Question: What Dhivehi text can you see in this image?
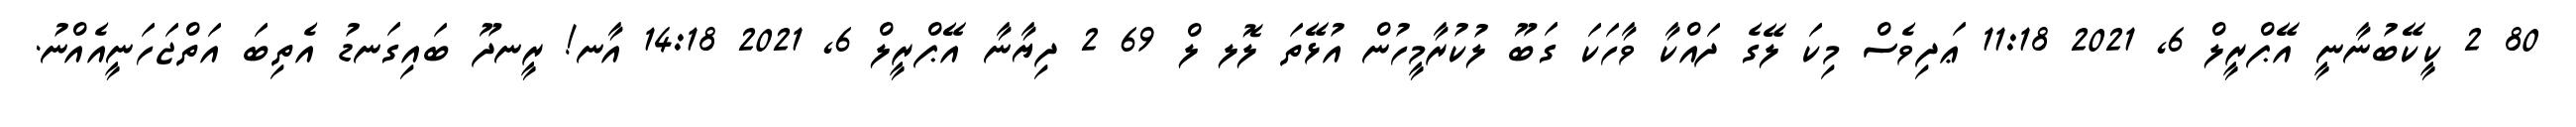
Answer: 80 2 ކީކޭބުނާނީ އޭޕްރީލް 6, 2021 11:18 ޢަދިވެސް މިކަ ލޭގެ ދައްކާ ވާހަކަ ގަބޫ ލުކުރާމީހުން އުޅޭތަ ލޮލ ލް 69 2 ދިޔާނާ އޭޕްރީލް 6, 2021 14:18 އާނ! ރީނދޫ ބައިގަނޑު އެތިބަ އަތްޖަހަނީއެއްނު.